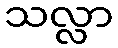
သလ္လာ